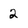
Character: 2